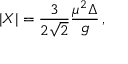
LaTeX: | X | = { \frac { 3 } { 2 \sqrt 2 } } { \frac { \mu ^ { 2 } \Delta } { g } } \, ,